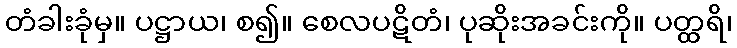
တံခါးခုံမှ။ ပဋ္ဌာယ၊ စ၍။ စေလပဋိတံ၊ ပုဆိုးအခင်းကို။ ပတ္ထရိ၊